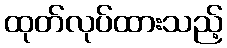
ထုတ်လုပ်ထားသည့်